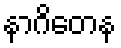
နာဂိတေန